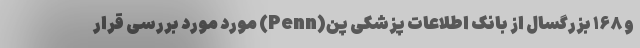
و ۱۶۸ بزرگسال از بانک اطلاعات پزشکی پن(Penn) مورد مورد بررسی قرار